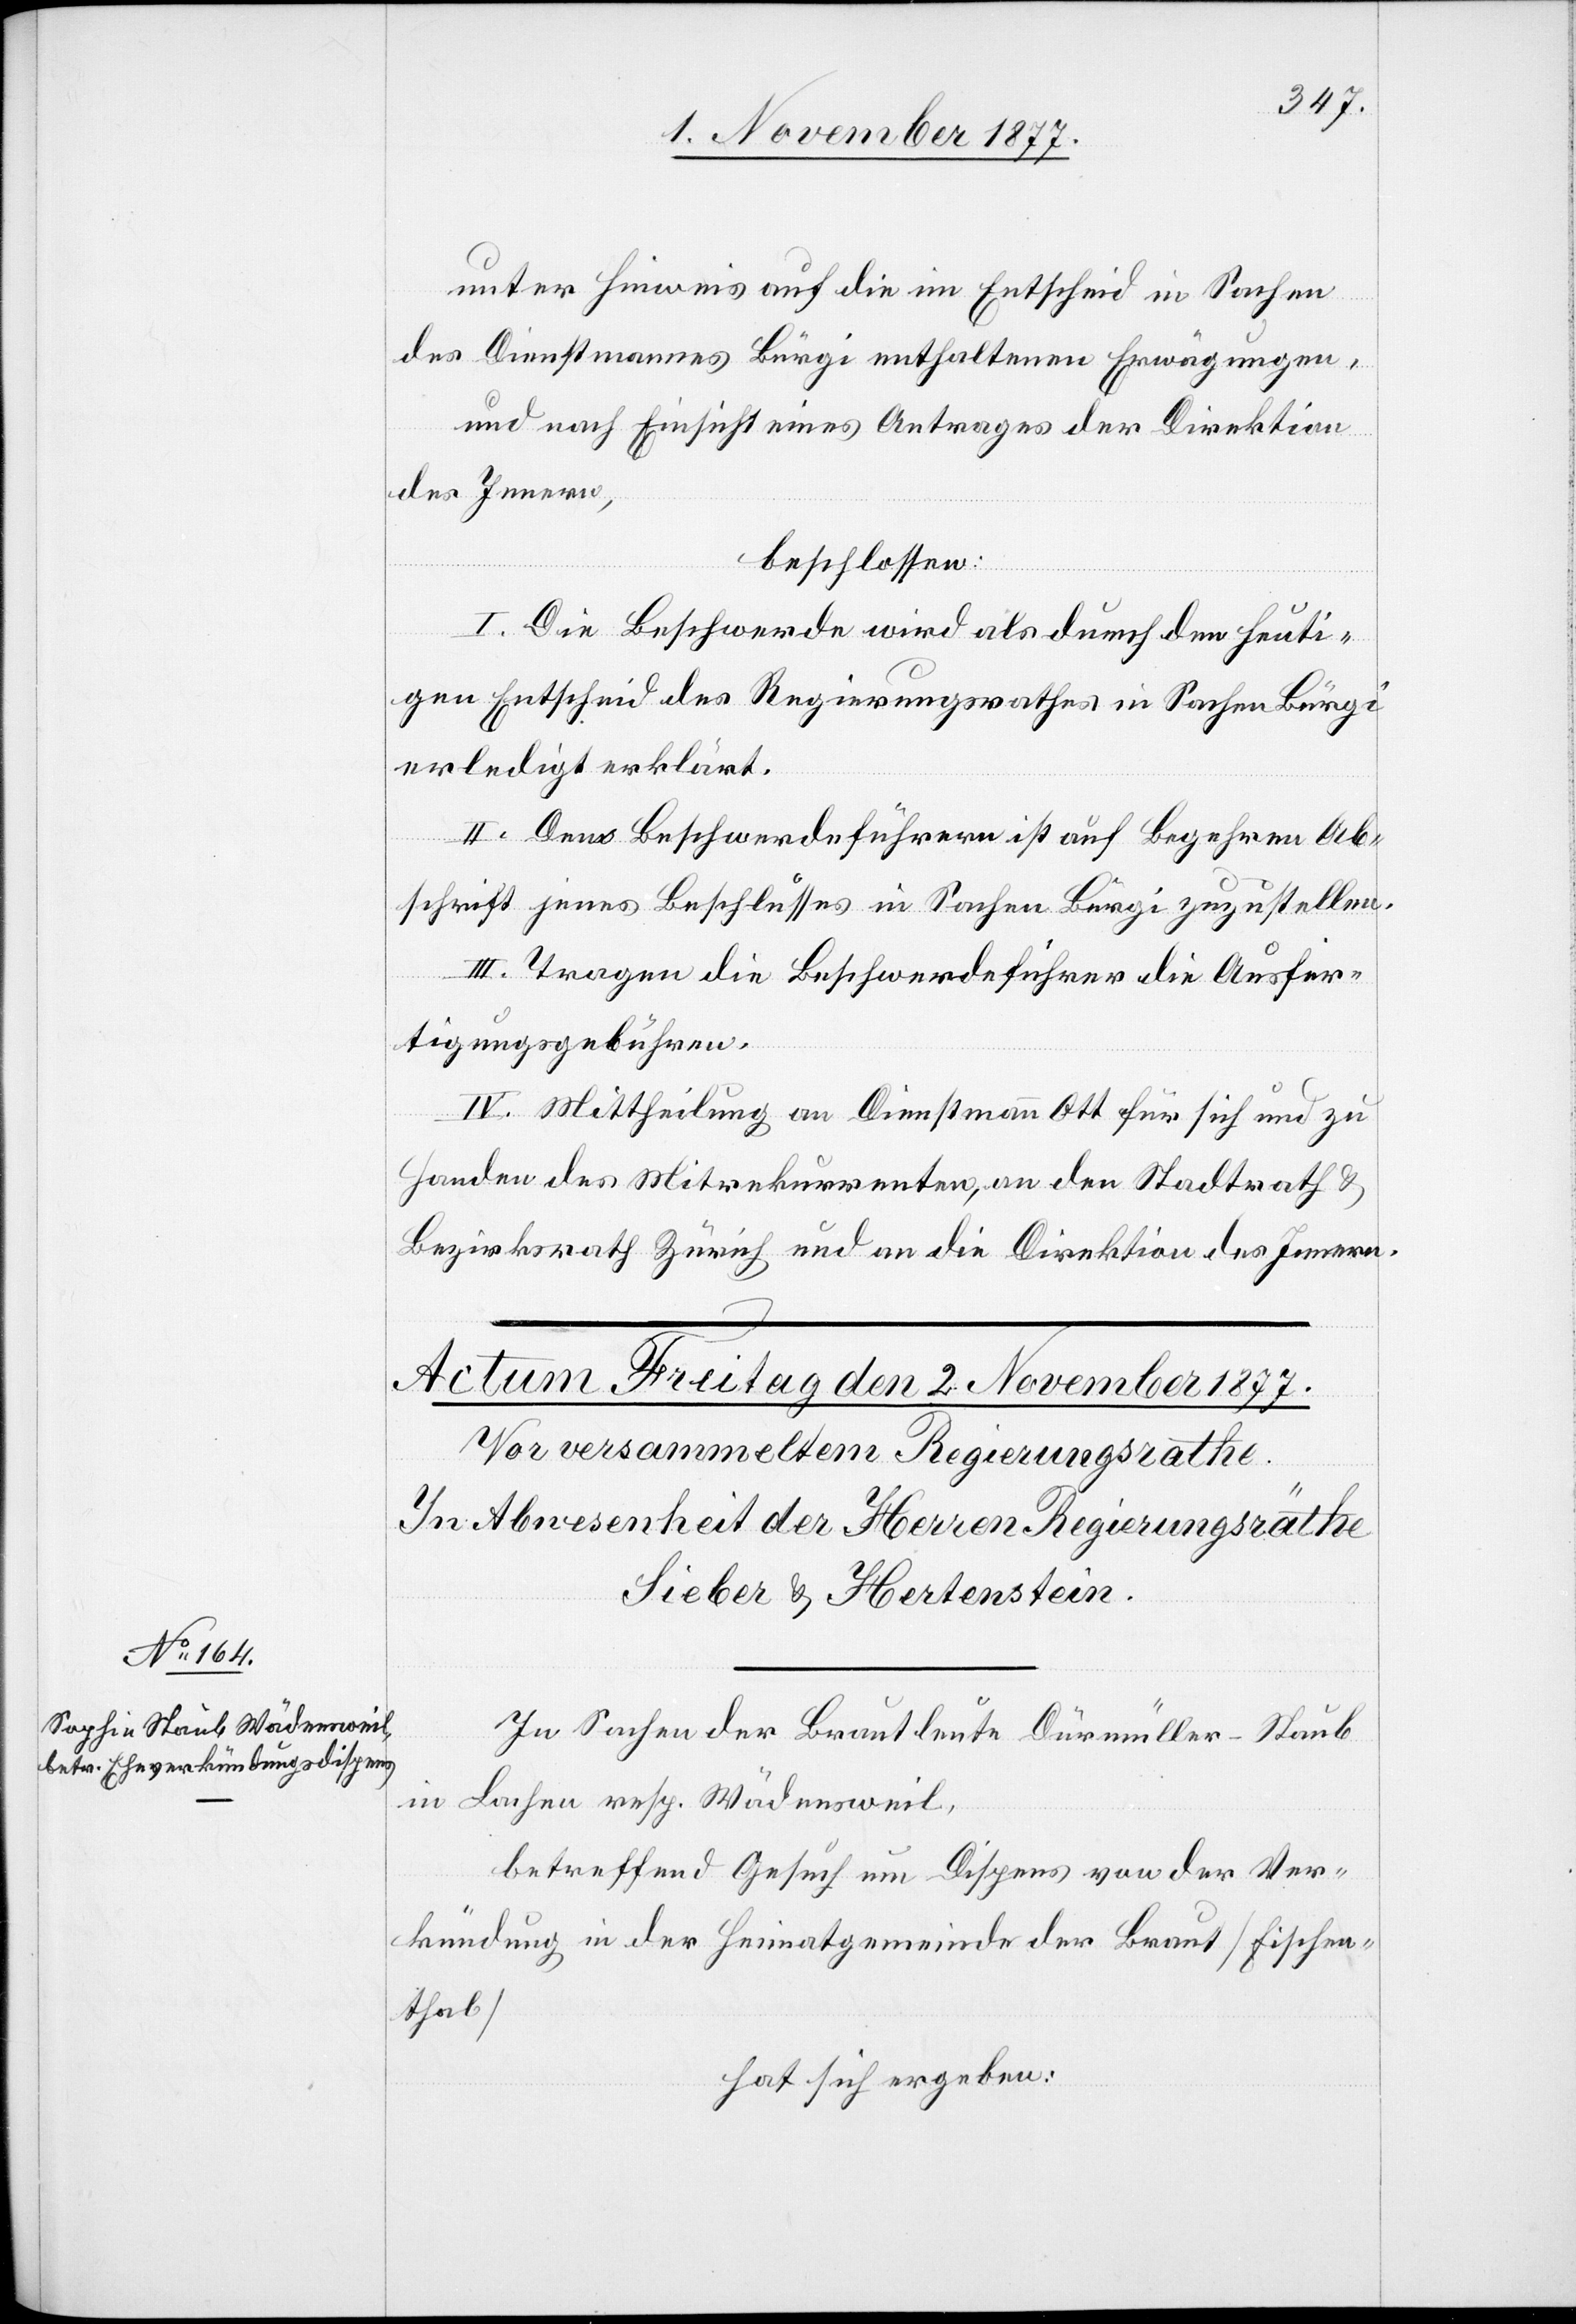
unter Hinweis auf die im Entscheid in Sachen
des Dienstmannes Bürgi enthaltenen Erwägungen,
und nach Einsicht eines Antrages der Direktion
des Innern,
beschlossen:
I. Die Beschwerde wird als durch den heuti¬
gen Entscheid des Regierungsrathes in Sachen Bürgi
erledigt erklärt.
II. Den Beschwerdeführern ist auf Begehren Ab¬
schrift jenes Beschlusses in Sachen Bürgi zuzustellen.
III. Tragen die Beschwerdeführer die Ausfer¬
tigungsgebühren.
IV. Mittheilung an Dienstmann Ott für sich und zu
Handen des Mitrekurrenten, an den Stadtrath &
Bezirksrath Zürich und an die Direktion des Innern.
In Sachen der Brautleute Dürmüller-Staub
in
Lachen resp. Wädensweil,
betreffend Gesuch um Dispens von der Ver¬
kündung in der Heimatgemeinde der Braut [Fischen¬
thal]
hat sich ergeben: